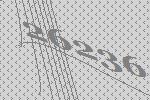
26236